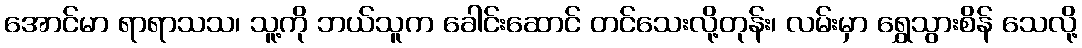
အောင်မာ ရာရာသသ၊ သူ့ကို ဘယ်သူက ခေါင်းဆောင် တင်သေးလို့တုန်း၊ လမ်းမှာ ရွှေသွားစိန် သေလို့